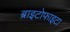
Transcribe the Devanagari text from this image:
ब्राइटोफाइटा